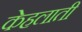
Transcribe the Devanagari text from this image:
केहलाती